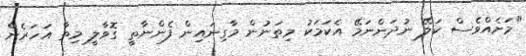
"މަށެއްވެސް ކަލޭ ނުދަންނަމޭ އެކަމަކު މިތަނުން މާގިނައިން ފެންނާތީ ގޮވާލީ މިތާ އަހަރެން